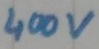
Text: 400v